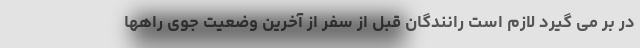
در بر می گیرد لازم است رانندگان قبل از سفر از آخرین وضعیت جوی راهها